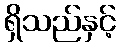
ရှိသည်နှင့်